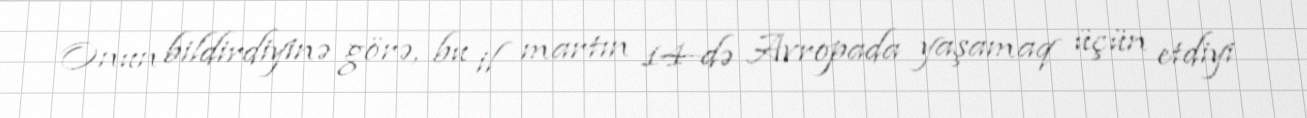
Onun bildirdiyinə görə, bu il martın 14-də Avropada yaşamaq üçün etdiyi